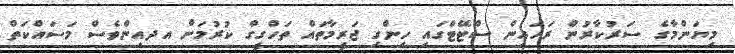
މިޔަންމާގެ ސަރުކާރުން ރަހައިން ސްޓޭޓްގައި ހިންގި ޖަރީމާތައް ތަހްގީގް ކުރުމަށް އދއިންވެސް މަސައްކަތް